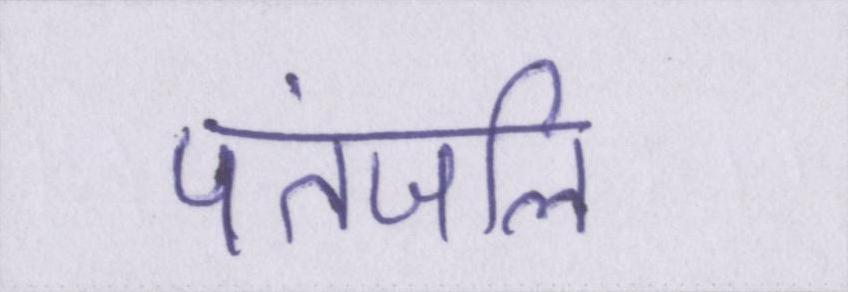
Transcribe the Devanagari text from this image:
पतंजलि